Leaving Certificate Examination, 1923
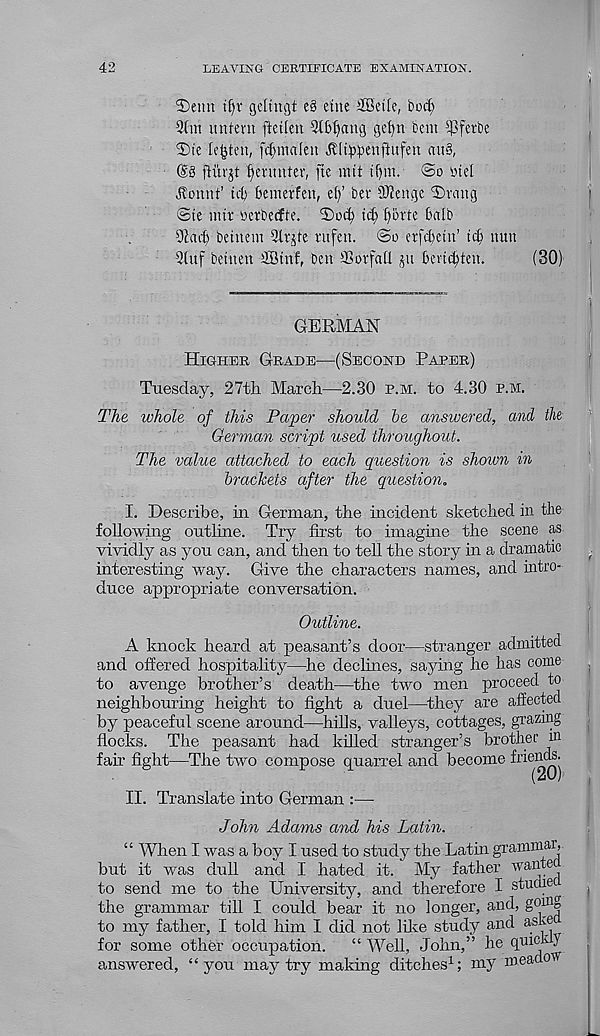
42
LEAVING CERTIFICATE EXAMINATION.
2)eim t£)r geltngt e§ etne iBeitc, boc£;
2(m unfem fteilen Strang get)n bem £)3feite
2)ie lenten, fcfymaleit ^U^enftufen au§,
(§.§ fiurjt f>cnmter, fte mit tf)m. @o iriel
^onnt’ til) bcmerfen, et)’ bev SRenge 3)rattg
©te nttr betbecfte.
ti^ f)5rte bn lb
92ad) beinem
utfen. ©o etfcfcetn’ tcb nun
9luf betnen SBtnf, ben 2? or fall ju ben^ten.
(30)
GERMAN
Higher Grade—(Second Paper)
Tuesday, 27tli March—2.30 p.m. to 4.30 p.m.
The whole of this Paper should be answered, and the
German script used throughout.
The value attached to each question is shown in
brackets after the question.
I. Describe, in German, the incident sketched in the
following outline. Try first to imagine the scene as
vividly as you can, and then to tell the story in a dramatic
interesting way. Give the characters names, and intro-
duce appropriate conversation.
Outline.
A knock heard at peasant’s door—stranger admitted
and offered hospitality—he declines, saying he has come
to avenge brother’s death—the two men proceed to
neighbouring height to fight a duel—they are affected
by peaceful scene around—hills, valleys, cottages, grazing
flocks. The peasant had killed stranger’s brother m
fair fight—The two compose quarrel and become friends.
II. Translate into German :—
John Adams and his Latin.
“ When I was a boy I used to study the Latin grammar,
but it was dull and I hated it. My father wante
to send me to the University, and therefore I studie
the grammar till I could bear it no longer, and, goi n S
to my father, I told him I did not like study and aske
for some other occupation.
“ Well, John,” he quick y
answered, “you may try making ditches 1 ; my meauo